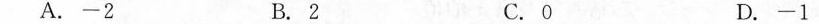
A.-2 B.2 C.0 D.-1